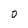
Character: 0